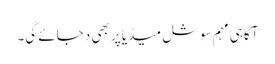
آگاہی مہم سوشل میڈیا پر بھی د جائے گی۔